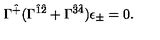
\Gamma ^ { \hat { + } } ( \Gamma ^ { \hat { 1 } \hat { 2 } } + \Gamma ^ { \hat { 3 } \hat { 4 } } ) \epsilon _ { \pm } = 0 .